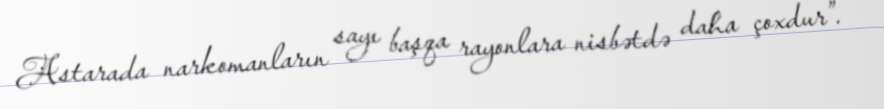
Astarada narkomanların sayı başqa rayonlara nisbətdə daha çoxdur”.